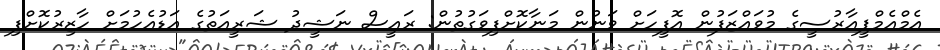
އެމްއެމްޕީއާރުސީގެ މުވައްޒަފުން އޮފީހަށް ވަނުން މަނާކޮށްފިވަގުތުން: ރައީސް ނަޝީދު ޝަރީއަތުގެ އަޑުއެހުމަށް ހާޒިރުކޮށްފި